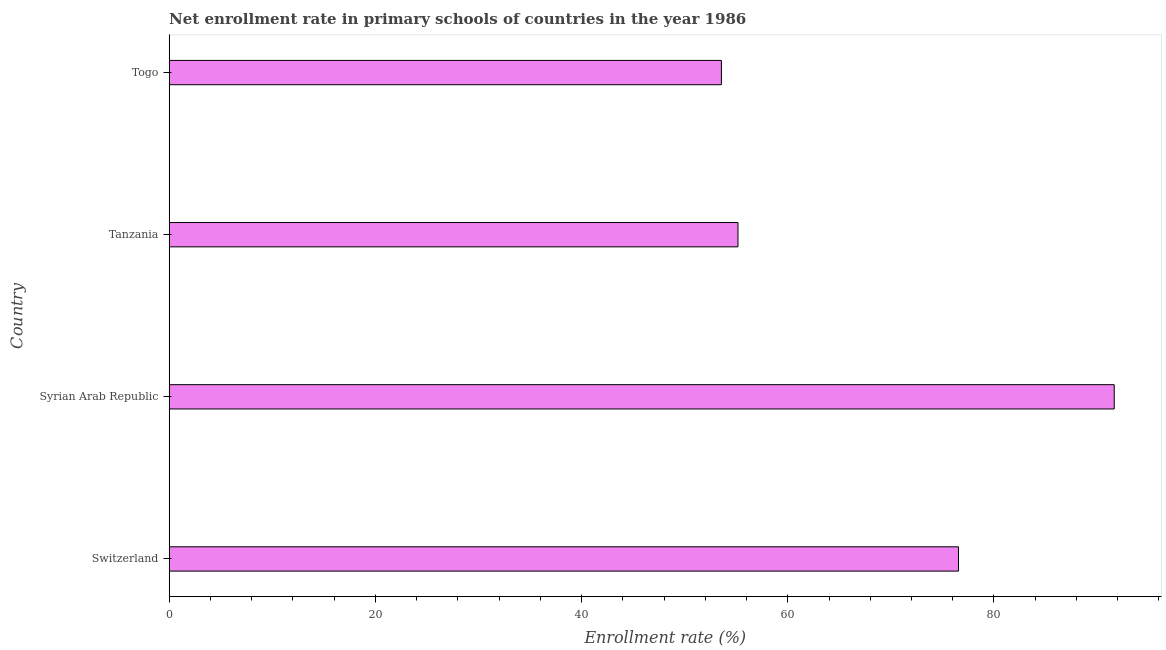
| Country | Adjusted net enrolment rate |
 | --- | --- |
 | Switzerland | 76.6 |
 | Syrian Arab Republic | 91.7 |
 | Tanzania | 55.2 |
 | Togo | 53.6 |